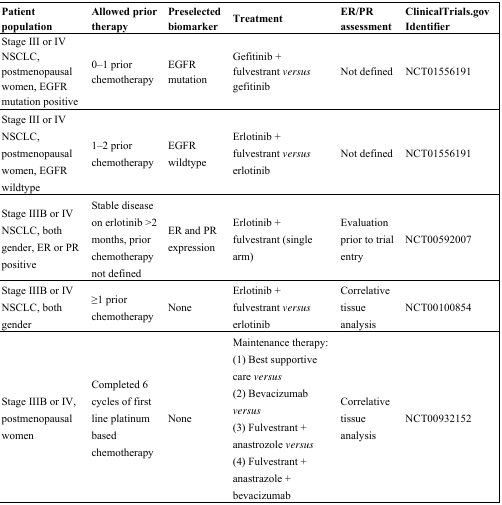
<table><thead><tr><td><b>Patient population</b></td><td><b>Allowed prior therapy</b></td><td><b>Preselected biomarker</b></td><td><b>Treatment</b></td><td><b>ER/PR assessment</b></td><td><b>ClinicalTrials.gov Identifier</b></td></tr></thead><tbody><tr><td>Stage III or IV NSCLC, postmenopausal women, EGFR mutation positive</td><td>0–1 prior chemotherapy </td><td>EGFR mutation</td><td>Gefitinib + fulvestrant <i>versus</i> gefitinib</td><td>Not defined</td><td>NCT01556191</td></tr><tr><td>Stage III or IV NSCLC, postmenopausal women, EGFR wildtype</td><td>1–2 prior chemotherapy </td><td>EGFR wildtype</td><td>Erlotinib + fulvestrant <i>versus</i> erlotinib</td><td>Not defined</td><td>NCT01556191</td></tr><tr><td>Stage IIIB or IV NSCLC, both gender, ER or PR positive</td><td>Stable disease on erlotinib &gt;2 months, prior chemotherapy not defined</td><td>ER and PR expression</td><td>Erlotinib + fulvestrant (single arm)</td><td>Evaluation prior to trial entry</td><td>NCT00592007</td></tr><tr><td>Stage IIIB or IV NSCLC, both gender</td><td>≥1 prior chemotherapy</td><td>None</td><td>Erlotinib + fulvestrant <i>versus</i> erlotinib</td><td>Correlative tissue analysis</td><td>NCT00100854</td></tr><tr><td>Stage IIIB or IV, postmenopausal women</td><td>Completed 6 cycles of first line platinum based chemotherapy</td><td>None</td><td>Maintenance therapy: (1) Best supportive care <i>versus</i> ; (2) Bevacizumab <i>versus</i> ; (3) Fulvestrant + anastrozole <i>versus</i>; (4) Fulvestrant + anastrazole + bevacizumab</td><td>Correlative tissue analysis</td><td>NCT00932152</td></tr></tbody></table>